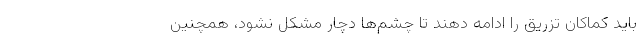
باید کماکان تزریق را ادامه دهند تا چشم‌ها دچار مشکل نشود، همچنین